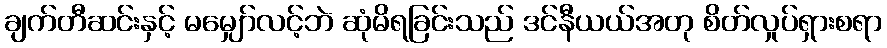
ချက်တီဆင်းနှင့် မမျှော်လင့်ဘဲ ဆုံမိရခြင်းသည် ဒင်နီယယ်အတု စိတ်လှုပ်ရှားစရာ